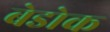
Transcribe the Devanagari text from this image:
बेडोक